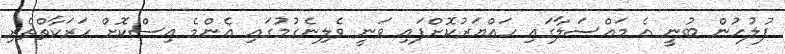
ފުލުހުން ބުނީ އެ މައްސަލާގައި ހައްޔަރުކޮށްފައި ވަނީ ވެލިނެގުމުގައި އެންމެ އިސްކޮށް ހަރަކާތްތެރި